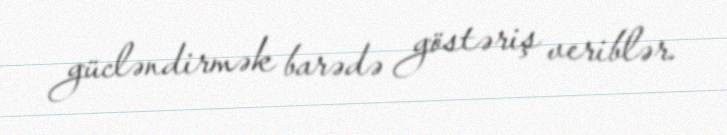
gücləndirmək barədə göstəriş veriblər.